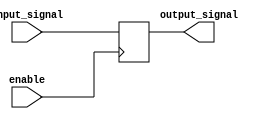
module enable_latch(
    input wire enable,
    input wire input_signal,
    output reg output_signal
);

always @(posedge enable)
begin
    if(enable)
        output_signal <= input_signal;
end

endmodule